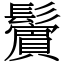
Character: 𩯭